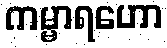
ကမ္မာရဟော